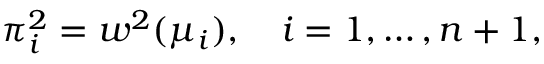
\pi _ { i } ^ { 2 } = w ^ { 2 } ( \mu _ { i } ) , \quad i = 1 , \ldots , n + 1 ,